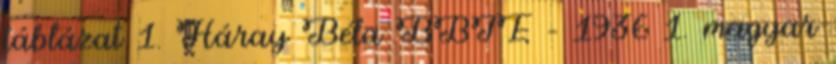
táblázat 1. Háray Béla BBTE – 1936 1. magyar